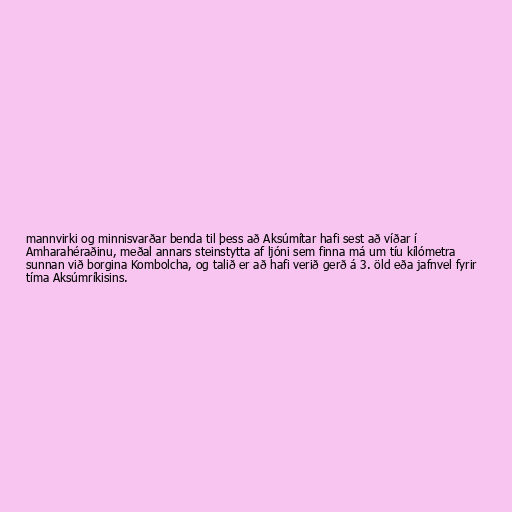
mannvirki og minnisvarðar benda til þess að Aksúmítar hafi sest að víðar í
Amharahéraðinu, meðal annars steinstytta af ljóni sem finna má um tíu kílómetra
sunnan við borgina Kombolcha, og talið er að hafi verið gerð á 3. öld eða jafnvel fyrir
tíma Aksúmríkisins.